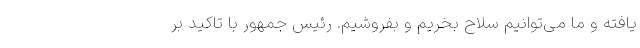
یافته و ما می‌توانیم سلاح بخریم و بفروشیم. رئیس جمهور با تاکید بر